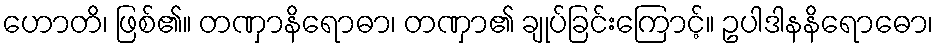
ဟောတိ၊ ဖြစ်၏။ တဏှာနိရောဓာ၊ တဏှာ၏ ချုပ်ခြင်းကြောင့်။ ဥပါဒါနနိရောဓော၊